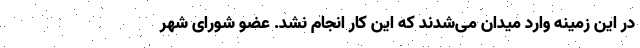
در این زمینه وارد میدان می‌شدند که این کار انجام نشد. عضو شورای شهر